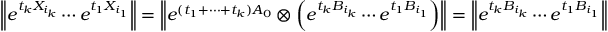
\left\| e ^ { t _ { k } X _ { i _ { k } } } \cdots e ^ { t _ { 1 } X _ { i _ { 1 } } } \right\| = \left\| e ^ { ( t _ { 1 } + \cdots + t _ { k } ) A _ { 0 } } \otimes \left( e ^ { t _ { k } B _ { i _ { k } } } \cdots e ^ { t _ { 1 } B _ { i _ { 1 } } } \right) \right\| = \left\| e ^ { t _ { k } B _ { i _ { k } } } \cdots e ^ { t _ { 1 } B _ { i _ { 1 } } } \right\|